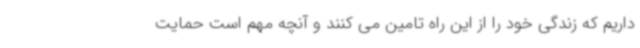
داریم که زندگی خود را از این راه تامین می کنند و آنچه مهم است حمایت